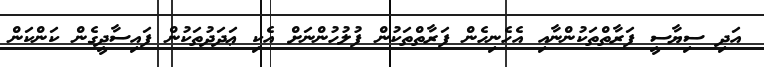
އަދި ސިޔާސީ ފަރާތްތަކުންނާއި އެހެނިހެން ފަރާތްތަކުން ފުލުހުންނަށް އެކި ޢަދަދުތަކުން ފައިސާދީގެން ކަންކަން